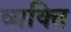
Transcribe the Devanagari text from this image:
व्‍यक्‍ति